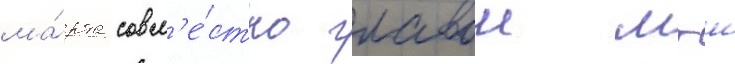
ма́рта совм'е́стно главои мгш